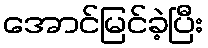
အောင်မြင်ခဲ့ပြီး